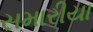
સમારીયા